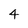
Character: 4